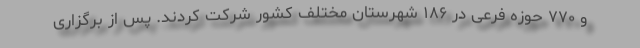
و ۷۷۰ حوزه فرعی در ۱۸۶ شهرستان مختلف کشور شرکت کردند. پس از برگزاری